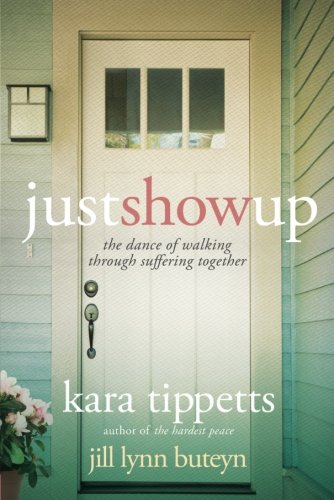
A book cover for Just Show Up: The Dance of Walking through Suffering Together; Kara Tippetts; Self-Help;